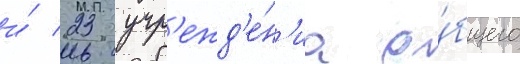
и́ 23 учр'ежд'е́н'иа о́бщего